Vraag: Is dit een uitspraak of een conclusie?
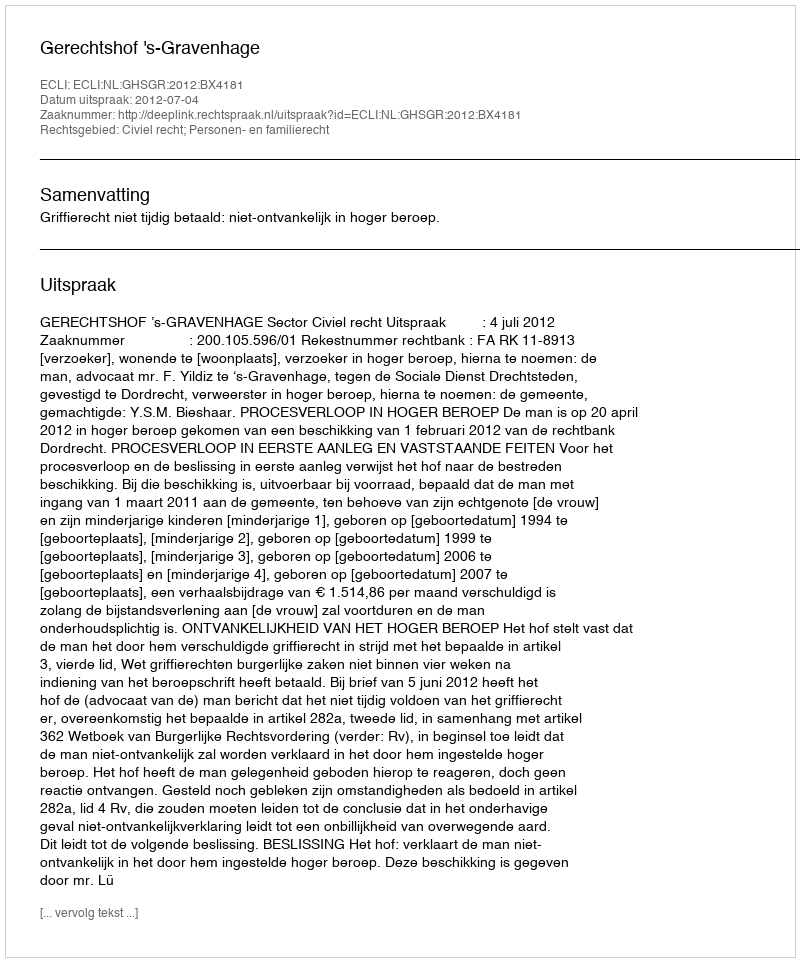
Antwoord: Uitspraak